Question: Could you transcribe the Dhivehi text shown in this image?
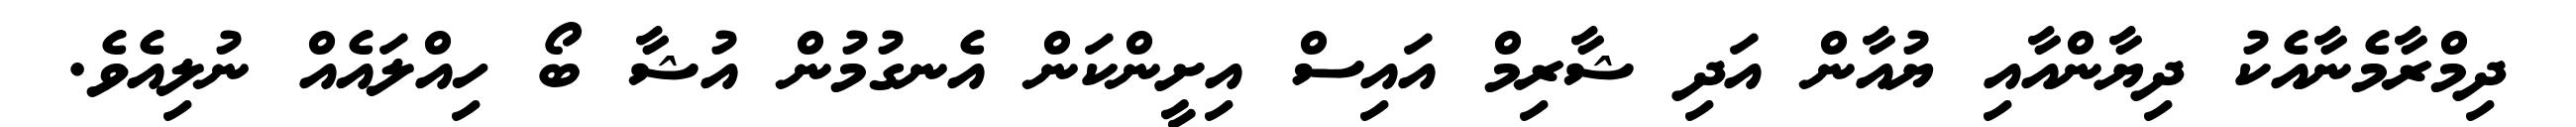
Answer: ދިމްރާމެނާއެކު ދިޔާންއާއި ޔުއާން އަދި ޝާރިމް އައިސް އިށީންކަން އެނގުމުން އުޝާ ބޯ ހިއްލައެއް ނުލިއެވެ.